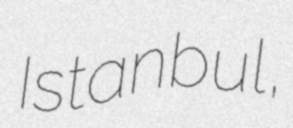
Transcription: Istanbul,